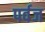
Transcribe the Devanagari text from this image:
पर्वज